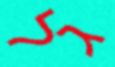
גל